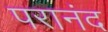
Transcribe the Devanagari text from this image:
परानंद